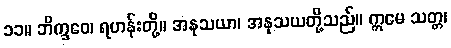
၁၁။ ဘိက္ခဝေ၊ ရဟန်းတို့။ အနုသယာ၊ အနုသယတို့သည်။ ဣမေ သတ္တ၊